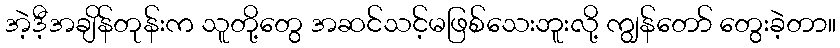
အဲ့ဒီ့အချိန်တုန်းက သူတို့တွေ အဆင်သင့်မဖြစ်သေးဘူးလို့ ကျွန်တော် တွေးခဲ့တာ။